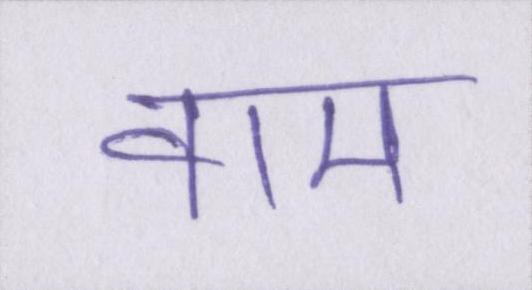
वाम